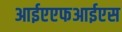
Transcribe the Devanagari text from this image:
आईएएफआईएस